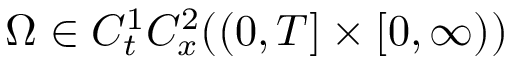
\Omega \in C _ { t } ^ { 1 } C _ { x } ^ { 2 } ( ( 0 , T ] \times [ 0 , \infty ) )